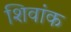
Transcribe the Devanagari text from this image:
शिवांक